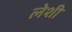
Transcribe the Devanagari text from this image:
लेशी